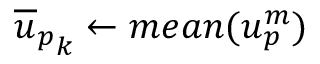
{ \overline { { u } } _ { p } } _ { k } \gets m e a n ( u _ { p } ^ { m } )